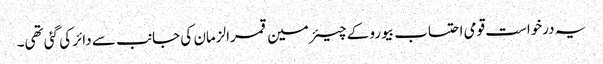
یہ درخواست قومی احتساب بیورو کے چیئرمین قمرالزمان کی جانب سے دائر کی گئی تھی۔